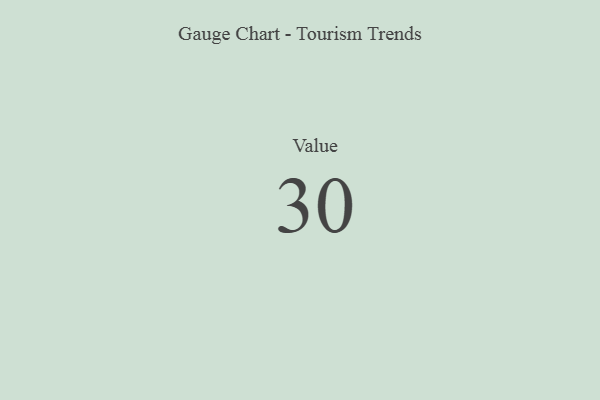
{"axis": {"x": "Metric", "y": "Value"}, "legend": [""], "data": [{"x": "Value", "y": 30, "type": ""}]}